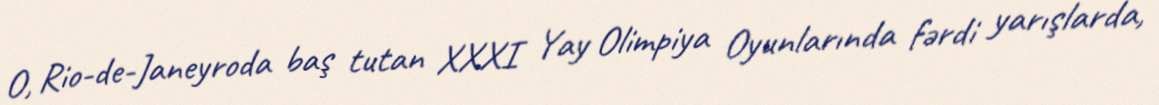
O, Rio-de-Janeyroda baş tutan XXXI Yay Olimpiya Oyunlarında fərdi yarışlarda,